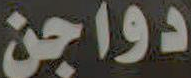
دواجن